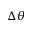
\Delta \theta